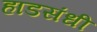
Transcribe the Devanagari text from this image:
हाडसंधी